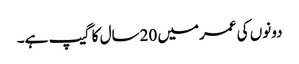
دونوں کی عمرمیں 20سال کا گیپ ہے۔